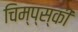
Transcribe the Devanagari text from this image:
चिम्प्स्की